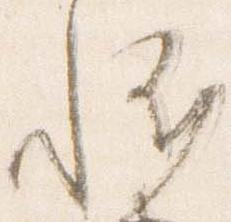
恠